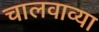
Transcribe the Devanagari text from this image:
चालवाव्या